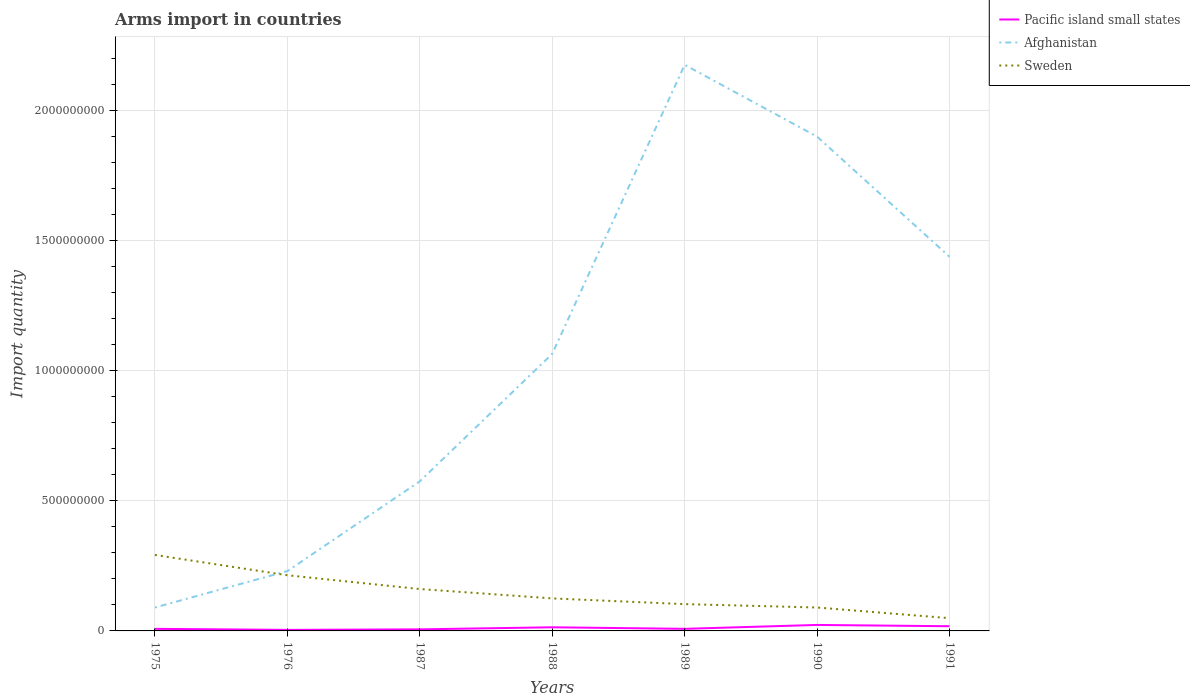
| Years | Pacific island small states | Afghanistan | Sweden |
 | --- | --- | --- | --- |
 | 1975 | 8e+06 | 9e+07 | 2.92e+08 |
 | 1976 | 4e+06 | 2.3e+08 | 2.14e+08 |
 | 1987 | 6e+06 | 5.75e+08 | 1.61e+08 |
 | 1988 | 1.4e+07 | 1.06e+09 | 1.25e+08 |
 | 1989 | 8e+06 | 2.18e+09 | 1.03e+08 |
 | 1990 | 2.3e+07 | 1.9e+09 | 9e+07 |
 | 1991 | 1.8e+07 | 1.44e+09 | 4.9e+07 |